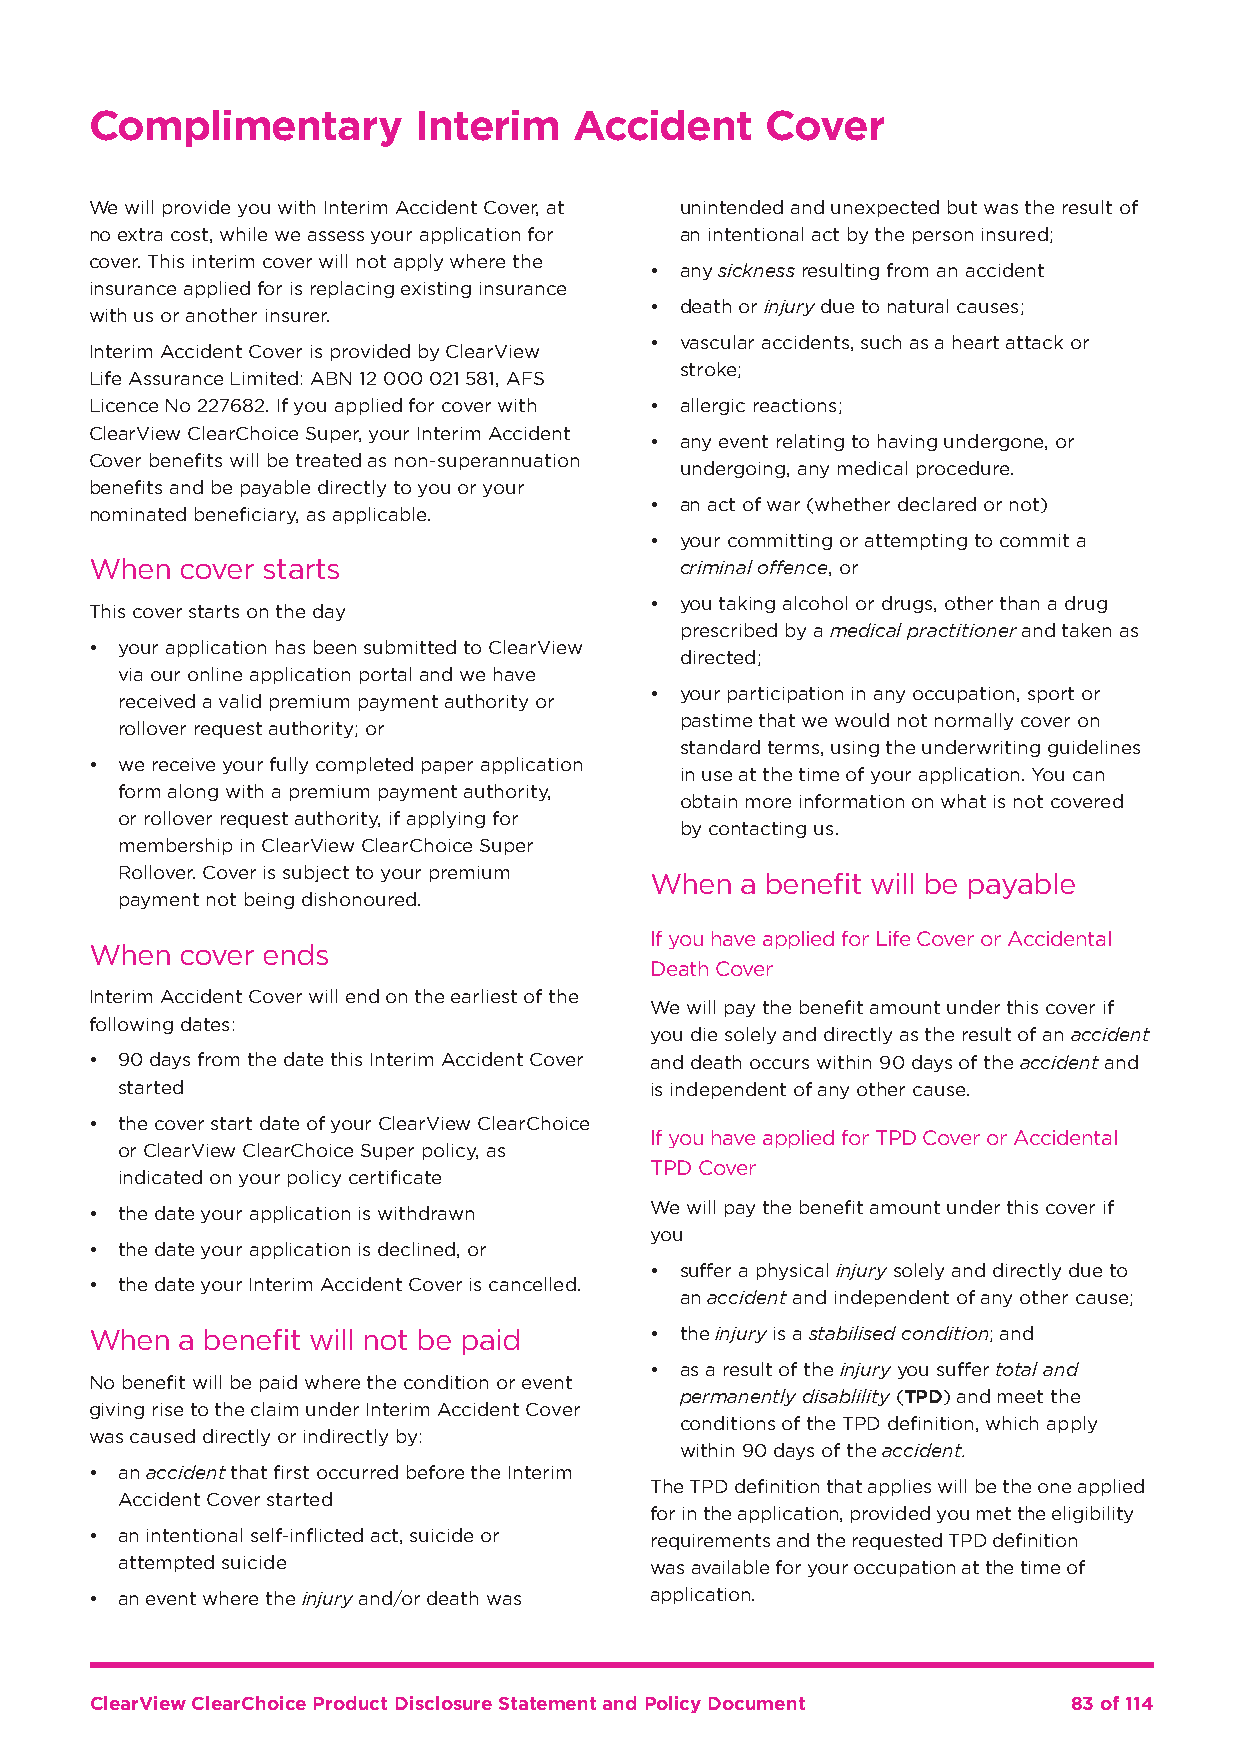
Complimentary         Interim   Accident     Cover
 We will provide you with Interim Accident Cover, at unintended and unexpected but was the result of
 no extra cost, while we assess your application for an intentional act by the person insured;
 cover. This interim cover will not apply where the
 • any sickness resulting from an accident
 insurance applied for is replacing existing insurance
 • death or injury due to natural causes;
 with us or another insurer.
 • vascular accidents, such as a heart attack or
 Interim Accident Cover is provided by ClearView
 stroke;
 Life Assurance Limited: ABN 12 000 021 581, AFS
 Licence No 227682. If you applied for cover with • allergic reactions;
 ClearView ClearChoice Super, your Interim Accident
 • any event relating to having undergone, or
 Cover benefits will be treated as non-superannuation
 undergoing, any medical procedure.
 benefits and be payable directly to you or your
 • an act of war (whether declared or not)
 nominated beneficiary, as applicable.
 • your committing or attempting to commit a
 When  cover starts                     criminal offence, or
 • you taking alcohol or drugs, other than a drug
 This cover starts on the day
 prescribed by a medical practitioner and taken as
 • your application has been submitted to ClearView
 directed;
 via our online application portal and we have
 • your participation in any occupation, sport or
 received a valid premium payment authority or
 pastime that we would not normally cover on
 rollover request authority; or
 standard terms, using the underwriting guidelines
 • we receive your fully completed paper application
 in use at the time of your application. You can
 form along with a premium payment authority,
 obtain more information on what is not covered
 or rollover request authority, if applying for
 by contacting us.
 membership in ClearView ClearChoice Super
 Rollover. Cover is subject to your premium
 When  a benefit will be payable
 payment not being dishonoured.
 If you have applied for Life Cover or Accidental
 When  cover ends
 Death Cover
 Interim Accident Cover will end on the earliest of the
 We will pay the benefit amount under this cover if
 following dates:
 you die solely and directly as the result of an accident
 • 90 days from the date this Interim Accident Cover and death occurs within 90 days of the accident and
 started                            is independent of any other cause.
 • the cover start date of your ClearView ClearChoice
 If you have applied for TPD Cover or Accidental
 or ClearView ClearChoice Super policy, as
 TPD Cover
 indicated on your policy certificate
 • the date your application is withdrawn We will pay the benefit amount under this cover if
 you
 • the date your application is declined, or
 • suffer a physical injury solely and directly due to
 • the date your Interim Accident Cover is cancelled.
 an accident and independent of any other cause;
 When  a benefit will not be paid     • the injury is a stabilised condition; and
 • as a result of the injury you suffer total and
 No benefit will be paid where the condition or event
 permanently disablility (TPD) and meet the
 giving rise to the claim under Interim Accident Cover
 conditions of the TPD definition, which apply
 was caused directly or indirectly by:
 within 90 days of the accident.
 • an accident that first occurred before the Interim
 The TPD definition that applies will be the one applied
 Accident Cover started
 for in the application, provided you met the eligibility
 • an intentional self-inflicted act, suicide or requirements and the requested TPD definition
 attempted suicide                  was available for your occupation at the time of
 • an event where the injury and/or death was application.
 ClearView ClearChoice Product Disclosure Statement and Policy Document 83 of 114